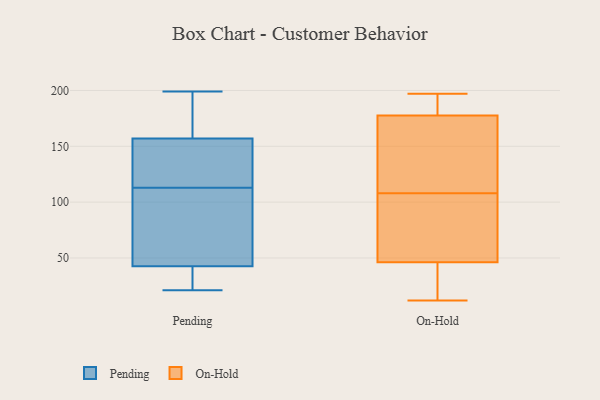
{"axis": {"x": "Waste Production (Tons)", "y": "Value"}, "legend": ["On-Hold", "Pending"], "data": [{"x": "", "y": 41, "type": "Pending"}, {"x": "", "y": 113, "type": "Pending"}, {"x": "", "y": 187, "type": "Pending"}, {"x": "", "y": 32, "type": "Pending"}, {"x": "", "y": 124, "type": "Pending"}, {"x": "", "y": 45, "type": "Pending"}, {"x": "", "y": 96, "type": "Pending"}, {"x": "", "y": 199, "type": "Pending"}, {"x": "", "y": 187, "type": "Pending"}, {"x": "", "y": 113, "type": "Pending"}, {"x": "", "y": 141, "type": "Pending"}, {"x": "", "y": 43, "type": "Pending"}, {"x": "", "y": 57, "type": "Pending"}, {"x": "", "y": 150, "type": "Pending"}, {"x": "", "y": 178, "type": "Pending"}, {"x": "", "y": 21, "type": "Pending"}, {"x": "", "y": 40, "type": "Pending"}, {"x": "", "y": 41, "type": "On-Hold"}, {"x": "", "y": 136, "type": "On-Hold"}, {"x": "", "y": 134, "type": "On-Hold"}, {"x": "", "y": 17, "type": "On-Hold"}, {"x": "", "y": 197, "type": "On-Hold"}, {"x": "", "y": 175, "type": "On-Hold"}, {"x": "", "y": 12, "type": "On-Hold"}, {"x": "", "y": 108, "type": "On-Hold"}, {"x": "", "y": 187, "type": "On-Hold"}, {"x": "", "y": 30, "type": "On-Hold"}, {"x": "", "y": 139, "type": "On-Hold"}, {"x": "", "y": 48, "type": "On-Hold"}, {"x": "", "y": 93, "type": "On-Hold"}, {"x": "", "y": 101, "type": "On-Hold"}, {"x": "", "y": 185, "type": "On-Hold"}, {"x": "", "y": 189, "type": "On-Hold"}, {"x": "", "y": 64, "type": "On-Hold"}]}